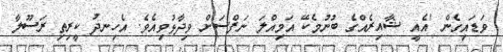
ވަޑައިގެން 'އެއީ ޝާއިރެއްގެ ބުނުމެކޭ އަމިއްލަ ނަފްސަށް ވިދާޅުވިއެވެ. އެހިނދު ކީރިތި ރަސޫލާ